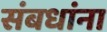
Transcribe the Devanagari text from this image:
संबधांना